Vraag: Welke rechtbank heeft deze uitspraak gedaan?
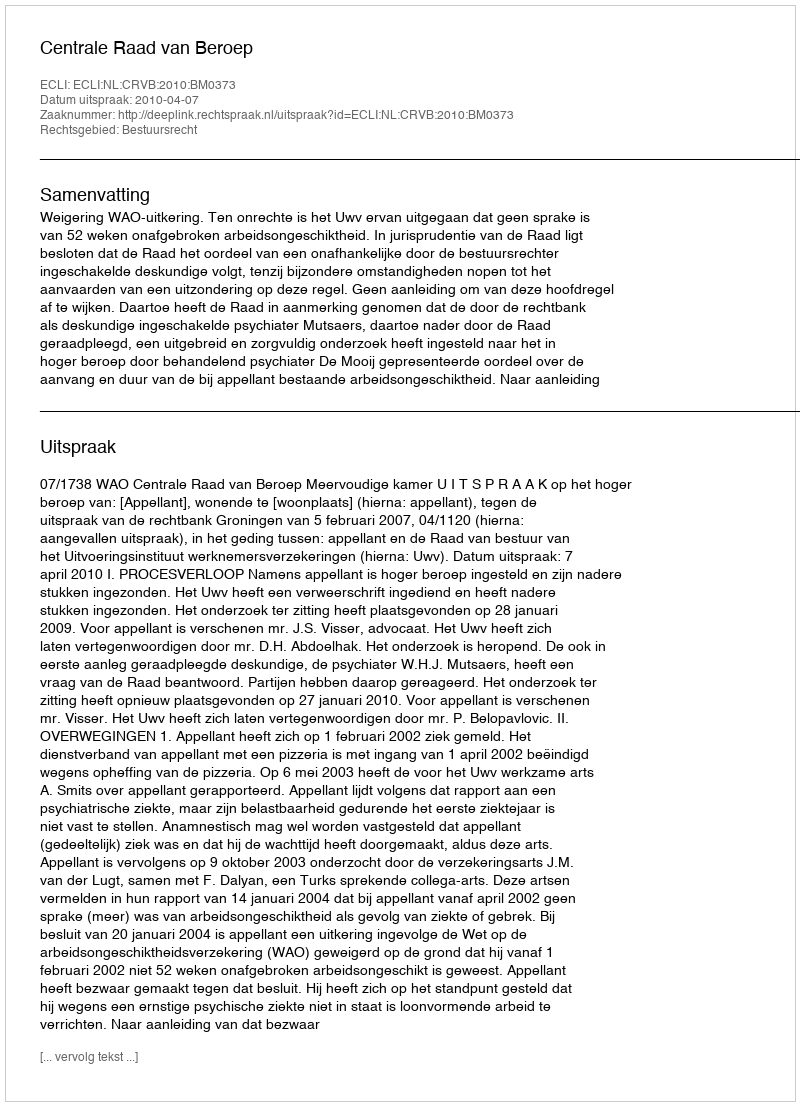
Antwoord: Centrale Raad van Beroep